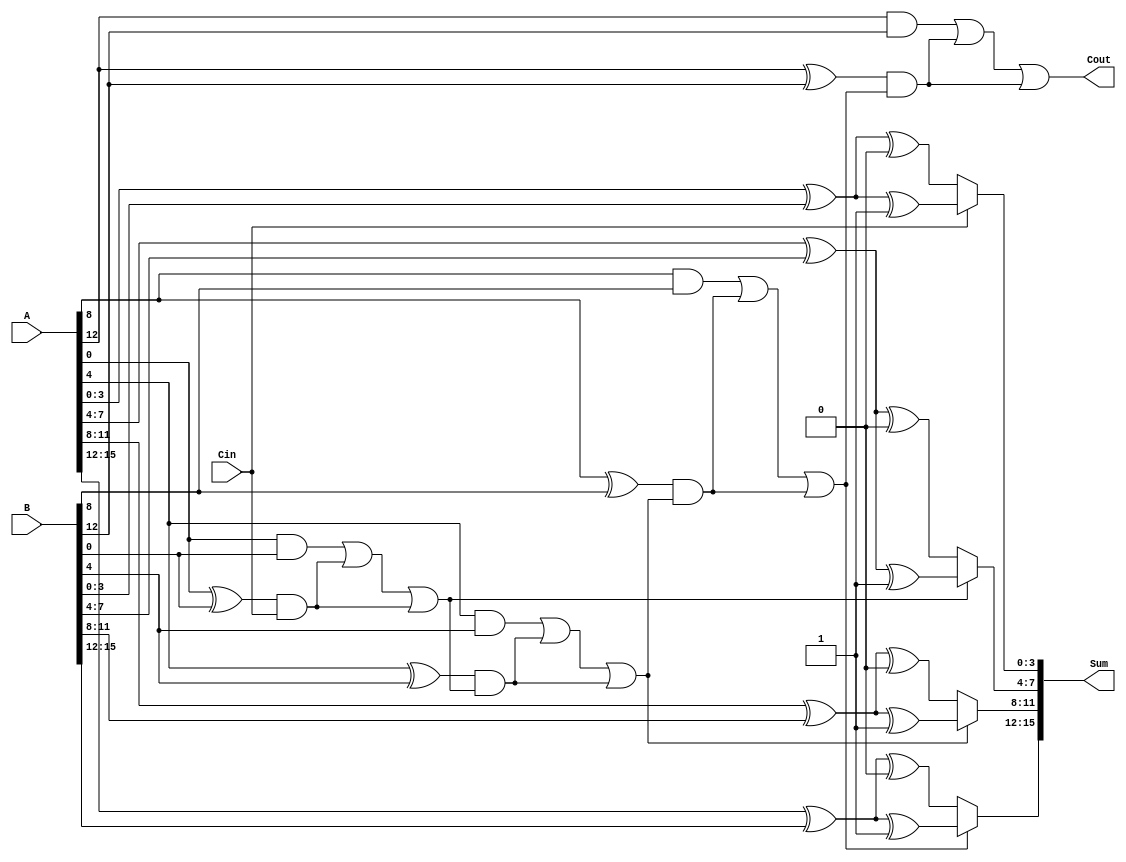
module HybridCarrySelectAdder #(parameter N = 16) (
    input [N-1:0] A,      // First operand
    input [N-1:0] B,      // Second operand
    input Cin,            // Carry-in
    output [N-1:0] Sum,   // Sum output
    output Cout           // Carry-out
);

    localparam SEGMENT_SIZE = 4; // Size of each segment
    localparam NUM_SEGMENTS = N / SEGMENT_SIZE;

    wire [SEGMENT_SIZE-1:0] sum0 [0:NUM_SEGMENTS-1]; // Sum outputs for carry-in = 0
    wire [SEGMENT_SIZE-1:0] sum1 [0:NUM_SEGMENTS-1]; // Sum outputs for carry-in = 1
    wire Cout0 [0:NUM_SEGMENTS-1]; // Carry-out for carry-in = 0
    wire Cout1 [0:NUM_SEGMENTS-1]; // Carry-out for carry-in = 1
    wire [NUM_SEGMENTS-1:0] P;      // Propagate signals
    wire [NUM_SEGMENTS-1:0] G;      // Generate signals
    wire [NUM_SEGMENTS:0] C;         // Carry signals

    assign C[0] = Cin; // Initial carry-in

    // Generate and propagate logic for each segment
    genvar i;
    generate
        for (i = 0; i < NUM_SEGMENTS; i = i + 1) begin : segment
            wire [SEGMENT_SIZE-1:0] A_seg = A[i*SEGMENT_SIZE +: SEGMENT_SIZE];
            wire [SEGMENT_SIZE-1:0] B_seg = B[i*SEGMENT_SIZE +: SEGMENT_SIZE];

            // Generate and propagate signals
            assign P[i] = A_seg ^ B_seg; // Propagate
            assign G[i] = A_seg & B_seg; // Generate

            // Sum calculations for carry-in = 0 and 1
            assign sum0[i] = A_seg ^ B_seg ^ 0; // Sum when Cin = 0
            assign sum1[i] = A_seg ^ B_seg ^ 1; // Sum when Cin = 1

            // Carry-out calculations
            if (i == 0) begin
                assign Cout0[i] = G[i] | (P[i] & C[0]);
                assign Cout1[i] = G[i] | (P[i] & C[0]);
            end else begin
                assign Cout0[i] = G[i] | (P[i] & C[i]);
                assign Cout1[i] = G[i] | (P[i] & C[i]);
            end

            // Carry signals
            assign C[i + 1] = Cout0[i] | (C[i] & P[i]);
        end
    endgenerate

    // MUX to select the appropriate sum and carry outputs
    generate
        for (i = 0; i < NUM_SEGMENTS; i = i + 1) begin : mux
            assign Sum[i*SEGMENT_SIZE +: SEGMENT_SIZE] = (C[i] ? sum1[i] : sum0[i]);
            assign Cout = C[NUM_SEGMENTS]; // Final carry-out
        end
    endgenerate

endmodule